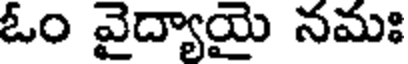
ఓం వైద్యాయై నమః